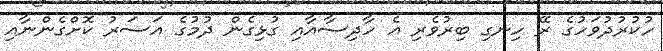
ހުކުރުދުވަހުގެ ރޭ ހިނގި ބިރުވެރި އެ ހާދިސާއާއި ގުޅިގެން ދުމުގެ އަސަރު ކޮށްގެންނާއި